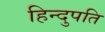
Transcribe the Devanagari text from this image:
हिन्दुपति